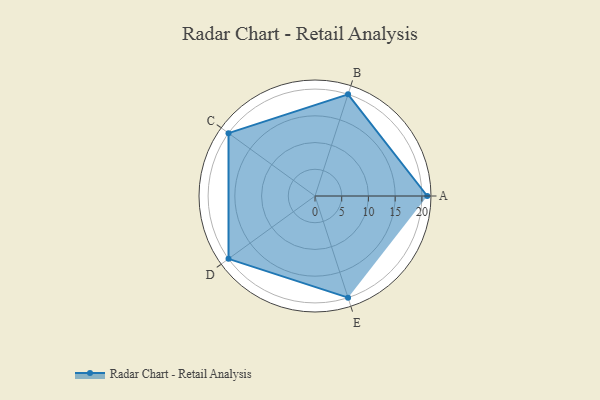
{"axis": {"x": "Skill", "y": "Score"}, "legend": ["Profile"], "data": [{"x": "A", "y": 21.0, "type": "Profile"}, {"x": "B", "y": 20, "type": "Profile"}, {"x": "C", "y": 20, "type": "Profile"}, {"x": "D", "y": 20, "type": "Profile"}, {"x": "E", "y": 20, "type": "Profile"}]}